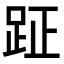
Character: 𮛐